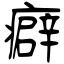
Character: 癖